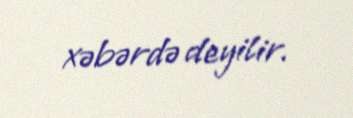
xəbərdə deyilir.